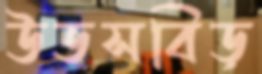
উডসবিড়